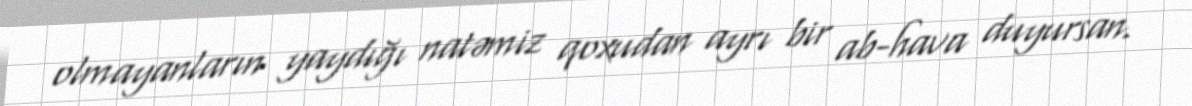
olmayanların yaydığı natəmiz qoxudan ayrı bir ab-hava duyursan.